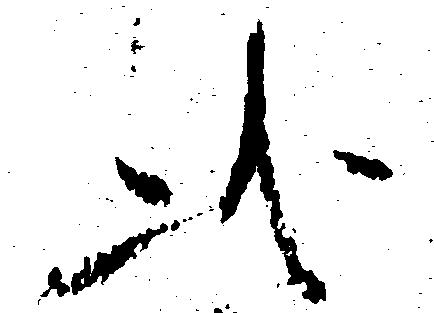
此